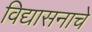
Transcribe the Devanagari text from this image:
विद्यासनाचे